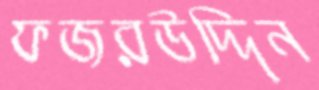
ফজরউদ্দিন